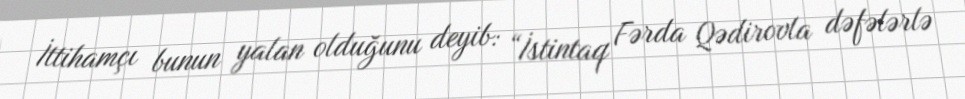
İttihamçı bunun yalan olduğunu deyib: “İstintaq Fərda Qədirovla dəfələrlə